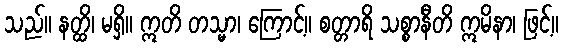
သည်။ နတ္ထိ၊ မရှိ။ ဣတိ တသ္မာ၊ ကြောင့်။ စတ္တာရိ သစ္စာနီတိ ဣမိနာ၊ ဖြင့်။